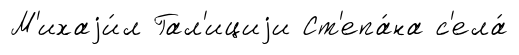
М'ихаjи́л Гал'ициjи Ст'епа́на с'ела́